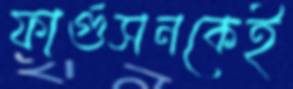
ফার্গুসনকেই